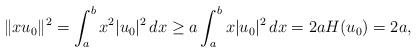
LaTeX: \begin{align*}\|xu_0\|^2 = \int_a^b x^2 |u_0|^2\, dx \geq a \int_a^b x|u_0|^2\, dx = 2a H(u_0) = 2a,\end{align*}